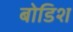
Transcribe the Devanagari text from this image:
बोडिश